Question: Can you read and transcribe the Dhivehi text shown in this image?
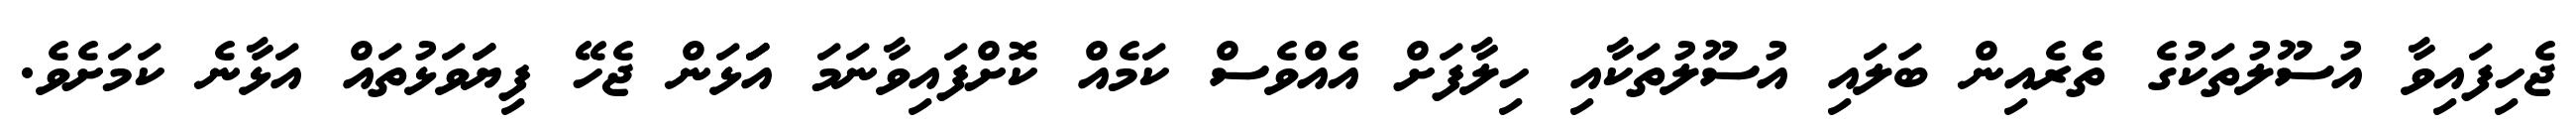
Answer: ޖެހިފައިވާ އުސޫލުތަކުގެ ތެެރެއިން ބަލައި އުސޫލުތަކާއި ހިލާފަށް އެއްވެސް ކަމެއް ކޮށްފައިވާނަމަ އަަަޅަން ޖެހޭ ފިޔަަވަޅުތައް އަޅާނެ ކަމަށެވެ.